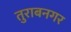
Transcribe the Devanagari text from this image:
तुराबनगर